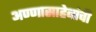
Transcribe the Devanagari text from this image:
अण्णासाहेबांची